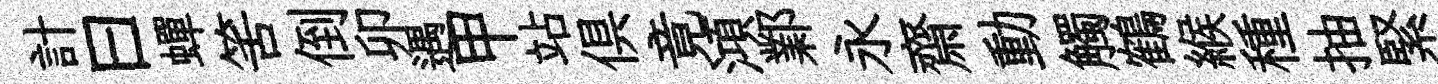
計曰蟬筈倒卯遇甲站俱竟澒鄴永齋動觸鶴緱種抽緊